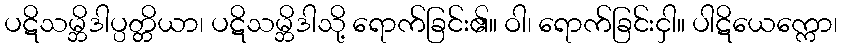
ပဋိသမ္ဘိဒါပ္ပတ္တိယာ၊ ပဋိသမ္ဘိဒါသို့ ရောက်ခြင်း၏။ ဝါ၊ ရောက်ခြင်းငှါ။ ပါဋိယေက္ကော၊